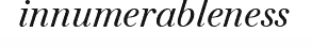
innumerableness